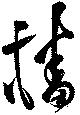
播